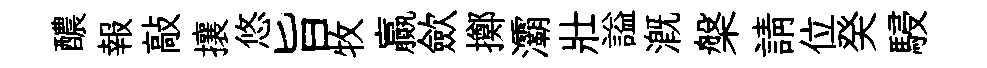
醲報敲攘悠旨牧贏歛擲灞壯謚溉槃請位癸駸